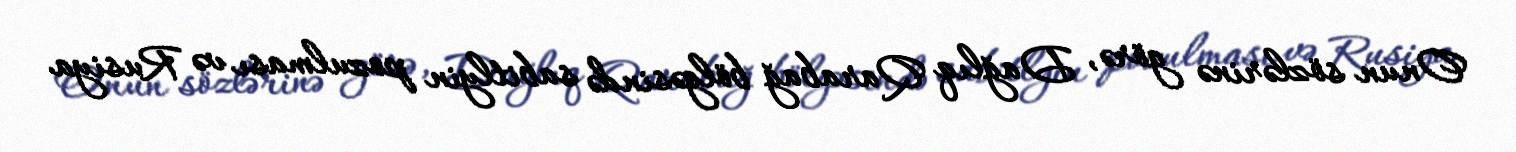
Onun sözlərinə görə, Dağlıq Qarabağ bölgəsində sabitlyin pozulması və Rusiya